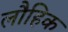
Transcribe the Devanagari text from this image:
लौहिक